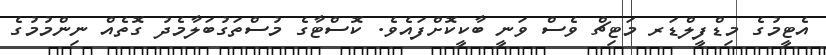
އެޓީމުގެ މިޑްފީލްޑަރ މަޓިޗް ވެސް ވަނީ ބާކީކޮށްފައެވެ. ކޮސްޓާގެ މުސްތަގުބަލާމެދު ގޮތެއް ނިންމުމުގެ